Bréfritari: Þuríður Hallgrímsdóttir
Viðtakandi: Sólveig Jónsdóttir
Dagsetning: A-1852-08-20
Skrifað á: Hólmum  S-Múl.
Sólveig var dóttir Þuríðar

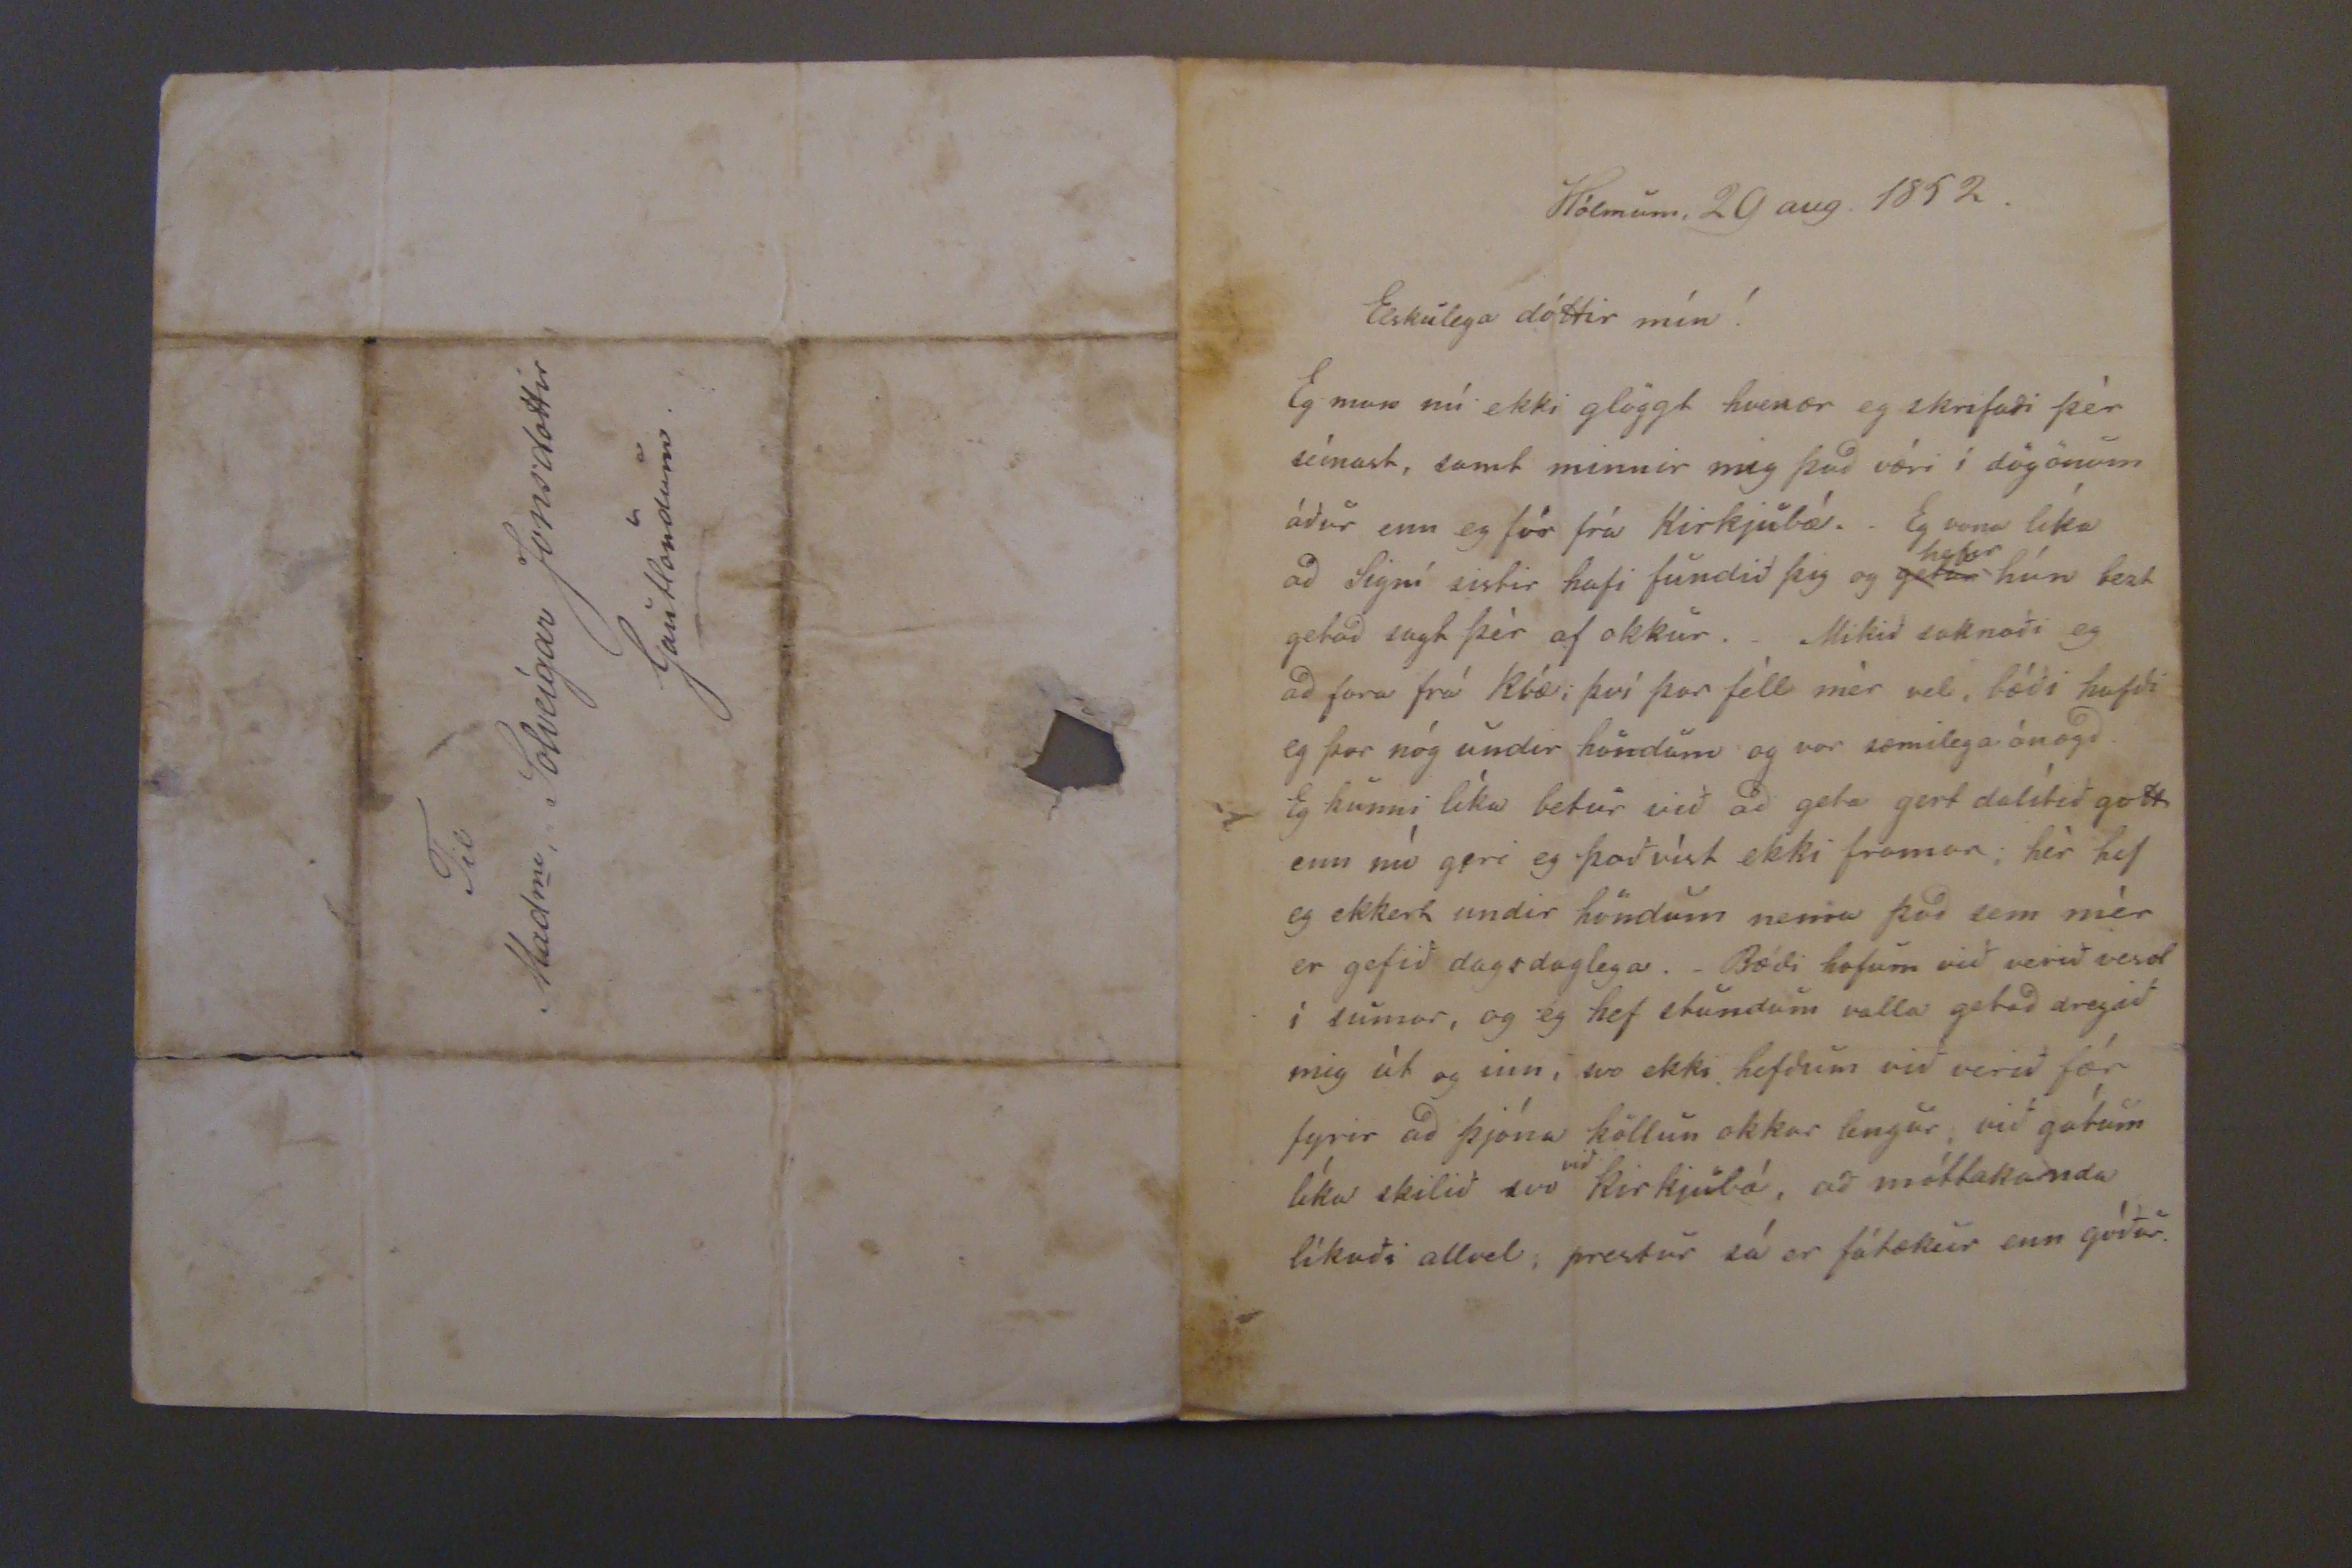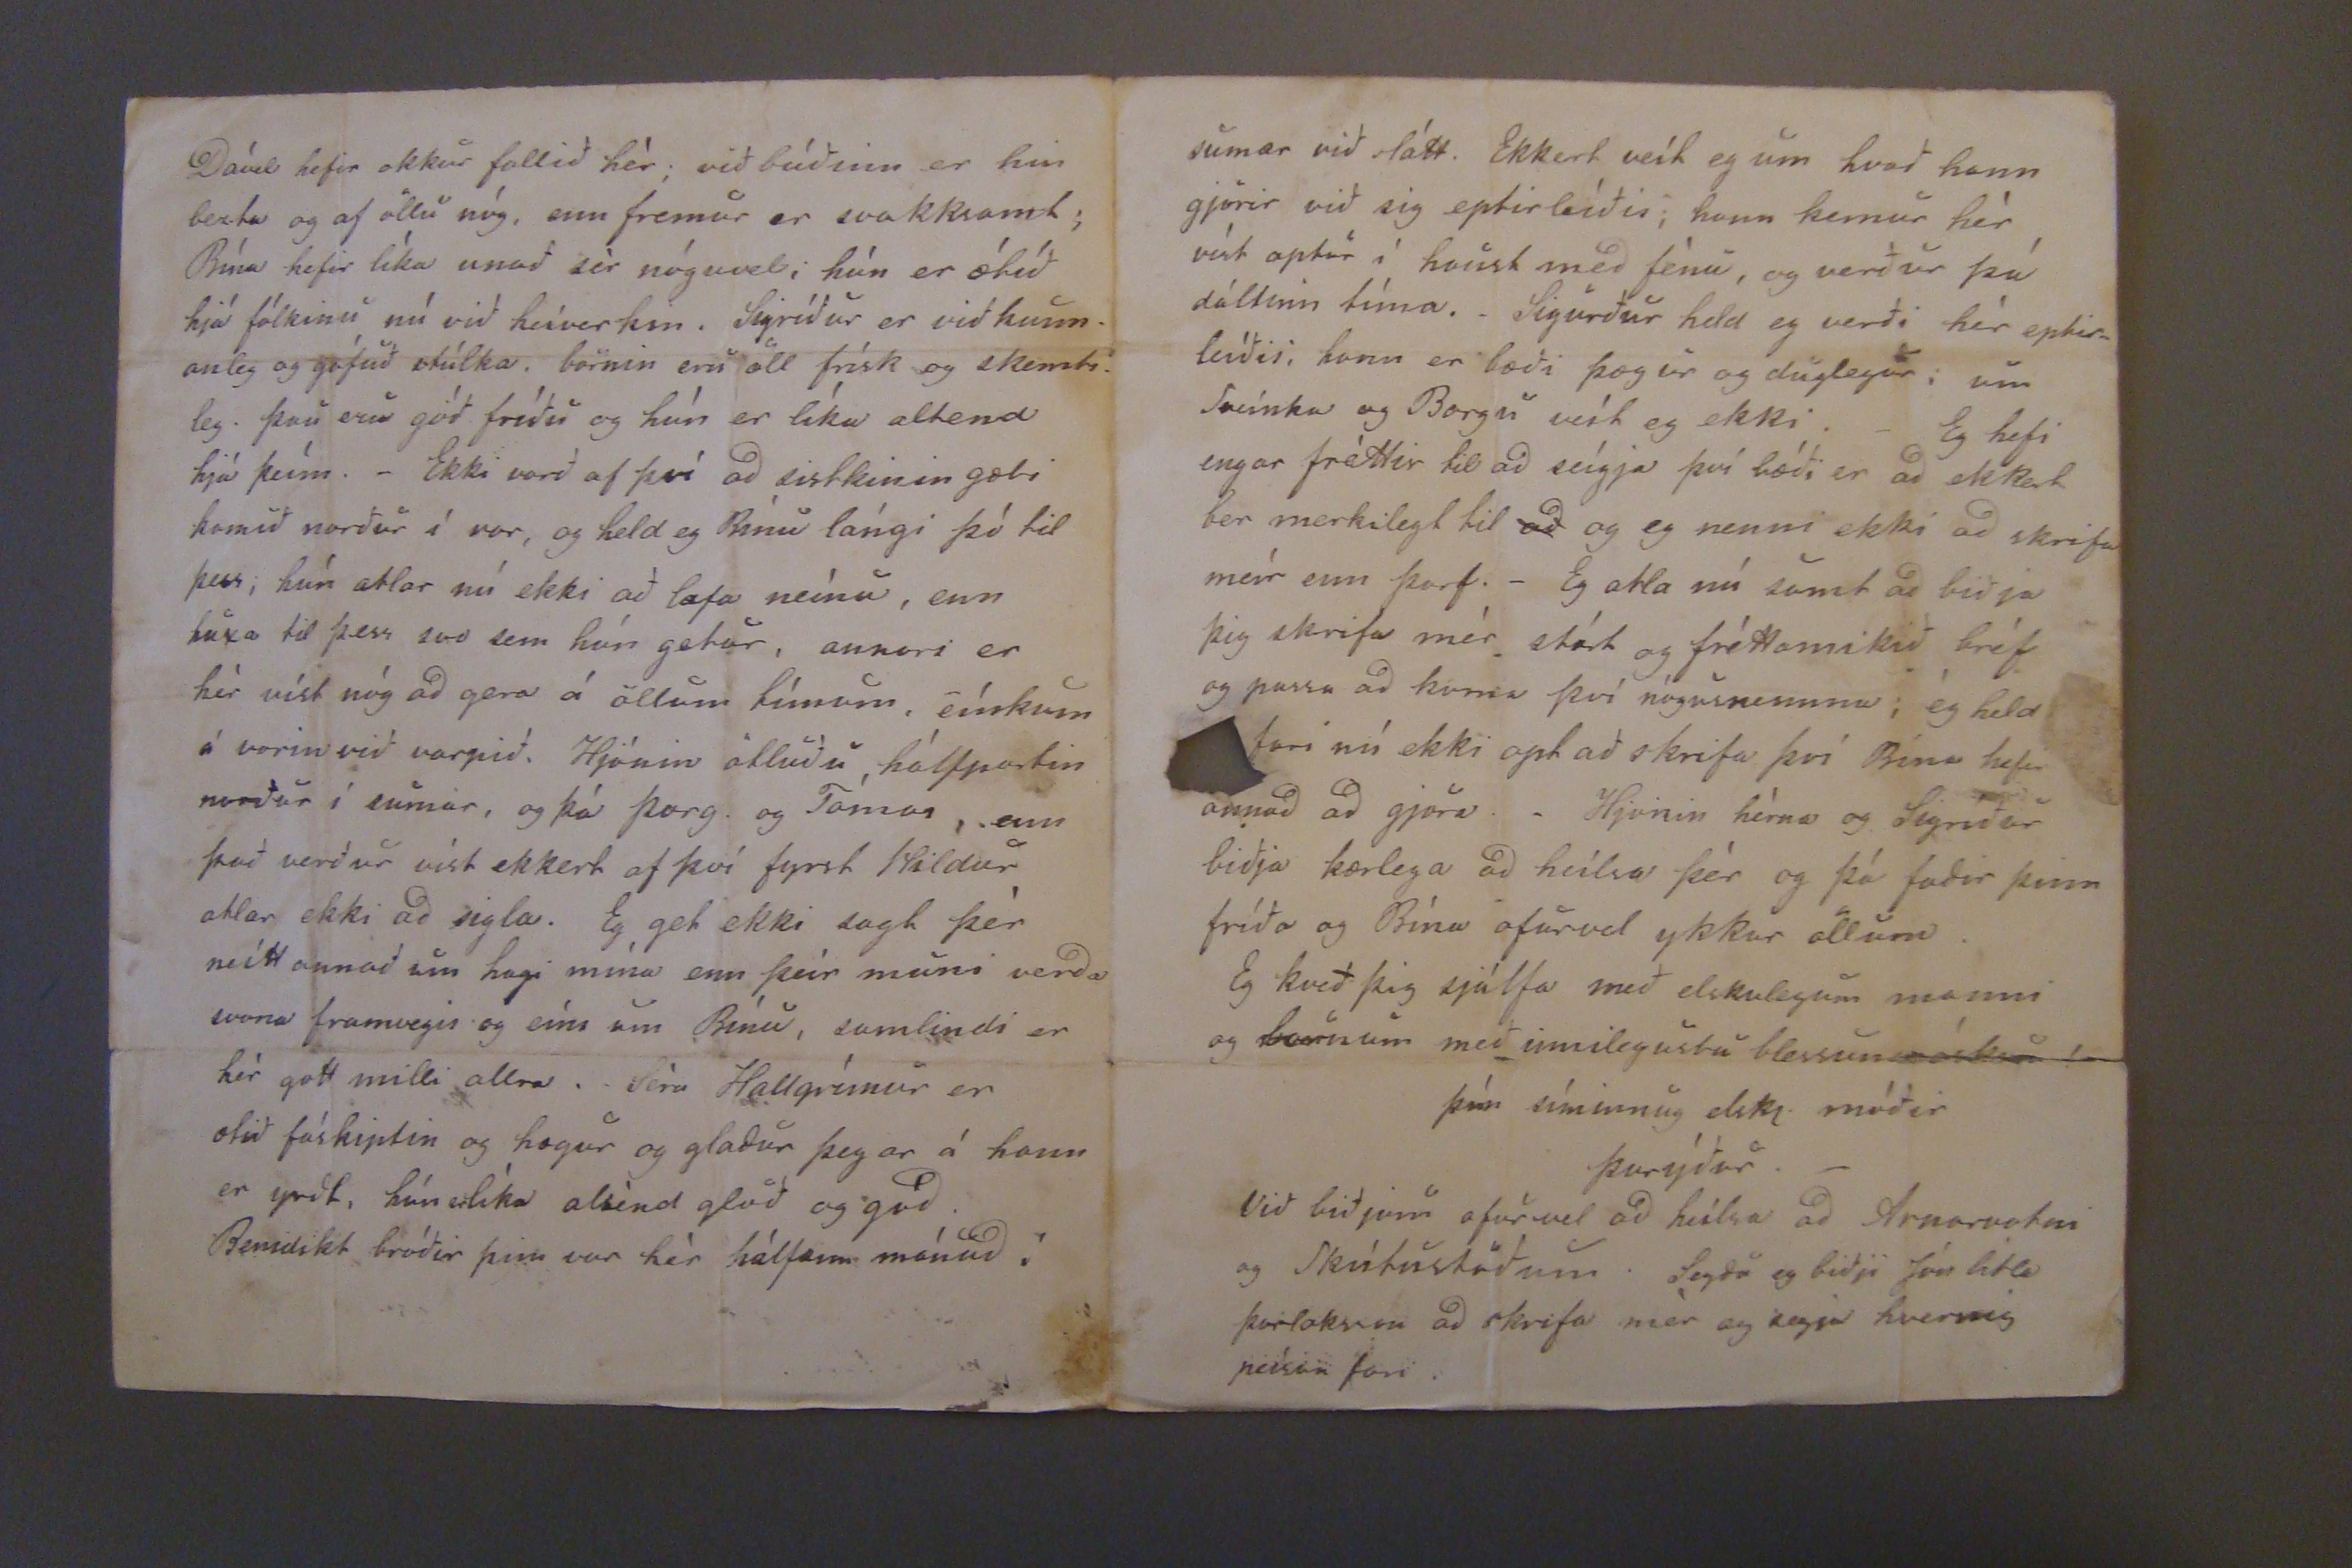

Hólmum, 20 aug. 1852.
Elskulega dóttir mín!
Eg man nú ekki glöggt hvenær eg skrifadi þér seínast, samt minnir mig þad væri í dögönum áður enn eg fór frá Kirkjubæ. Eg vona líka ad Signí sistir hafi fundið þig og
getur
hefur
hún bezt getad sagt þér af okkur._ Mikið saknaði eg ad fara frá Kbæ; því þar féll mér vel, bæði hafdi eg þar nóg undir höndum og var sæmilega ánægd. Eg kunni líka betur við ad geta gert dálítið gott enn nú geri eg það víst ekki framar; hér hef eg ekkert undir höndum nema þad sem mér er gefið dagsdaglega._ Bædi hofum við verið vesol í sumar, og eg hef stundum valla getað dregið mig út og inn, svo ekki hefdum við verið fær fyrir ad þjóna köllun okkar lengur, við gátum líka skilið svo
við
kirkjubæ, að móttakanda líkaði allvel; prestur sá er fátækur enn góður.
Dável hefir okkur fallið hér; við búðinn er hin bezta og af öllu nóg, enn fremur er svakksamt; Bína hefir líka unað sér nóguvel; hún er ætíð hjá fólkinu nú við heíverkin. Sigríður er viðkunn_ anleg og gáfuð stúlka, börnin eru öll frísk og skemti_ leg. þau eru góð fríðu og hún er líka altend hjá þeím._ Ekki varð af því ad sistkinin gæti komið norður í vor, og held eg Bínu lángi þó til þess; hún ætlar nú ekki að lofa neínu, enn huxa til þess svo sem hún getur, annari er hér víst nóg ad gera á öllum húnum, eínkum á vorin við varpið, hjónin atluðu hálfpartin norður í sumar, og þá Þorg. og Tómas, enn það verður víst ekkert af því fyrst Hildur atlar ekki ad sigla. Eg get ekki sagt þér neitt annað um hagi mína enn þeír muni verda svona framvegis og eíns um Bínu, samlidi er hér gott milli allra._ Séra Hallgrímur er ætið fáskiptin og hægur og gladur þegar á hann er yrdt, hún er líka altind glöð og góð. Benidikt bróðir þinn var hér hálfann mánud í
sumar við slátt. Ekkert veit eg um hvað hann gjörir við sig eptirleíðis; hann kemur hér víst aptur í haust med fénu, og verður þú dáltinn tíma.Ö Sigurður held eg verði hér eptir leíðis; hann er gbæði þægur og duglegur; um Sveinka og Borgu veit eg ekki.Ö Eg hefi engar fréttir til ad seígja því bæði er ad ekkert ber merkilegt til
ad
og eg nenni ekki ad skrifa meír enn þarf._ Eg atla nú samt ad biðja þig skrifa mér stórt og fréttamikið bréf og passa ad koma því nógusnemma; ég held fari nú ekki opt að skrifa því Bína hefir annad ad gjöra._ Hjonin hérna og Sigríður biðja kærlega ad heilsa þér og þá fadir þinn fríða og Bína ofurvel ykkur öllum. Eg kveð þig sjálfa með elskulegum manni og börnum með innilegustu blessunaróskum!
þín síminnug elskl. móðir
Þurýður._
Við biðjum ofurvel ad heilsa ad Arnarvatni og Skútustöðum. Segdu eg biðji Jón litla Þorlaksson ad skrifa mér og segja hvernig peísan fari.
Til Mad
me
Solveígar Jonsdottir Gautlöndum